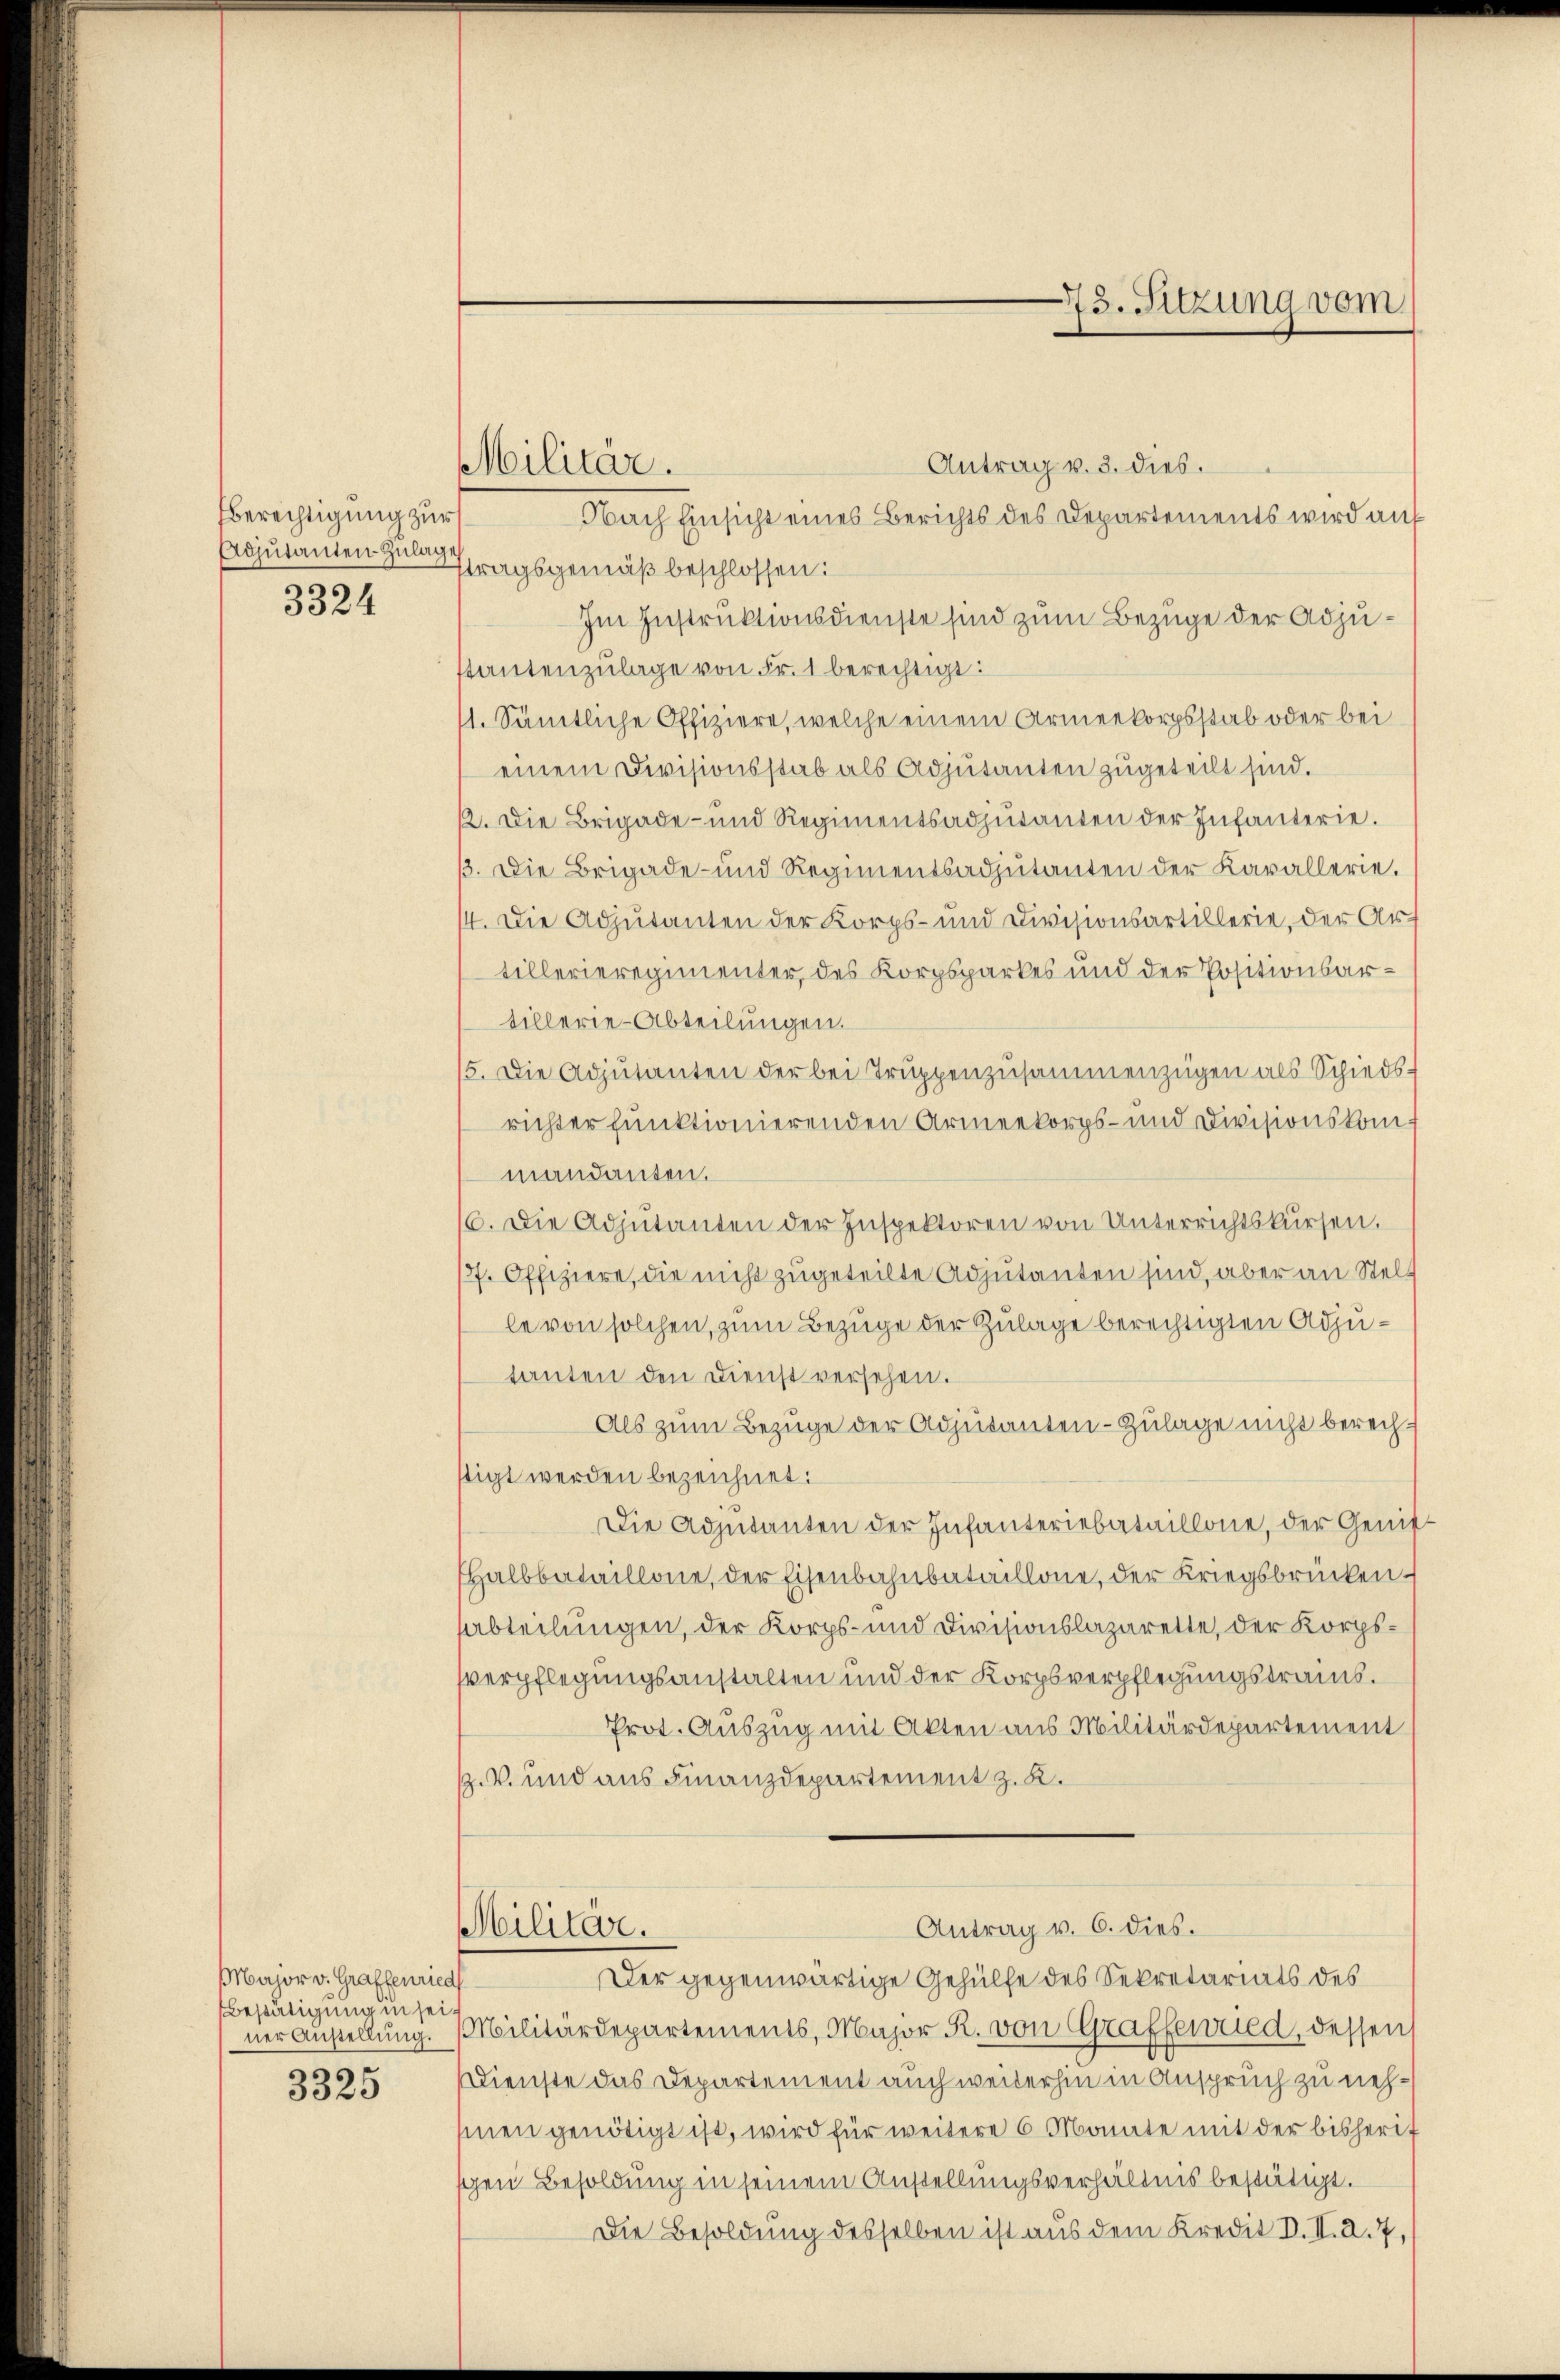
Berechtigung zur
3324

Major v. Graffenried
Bestätigung in sein
ner Austellung.
3325

Militar.

73. Sitzung vom

Antrag v. 3. dies.
Nach Einsicht eines Berichts des Departements wird auf
Adjutanten Hubertragsgemäß beschlossen:
Im Instruktionsdienste sind zum Bezüge der Adjustantenzulage von Fr. 1 berechtigt:
11. Sämtliche Offiziere, welche einem Armeekorpsstab oder bei
einem Divisionsstab als Adjutanten zugeteilt sind.
2. Die Brigade- und Regimentsadjutanten der Infanterie.
. Die Brigade- und Regimentsadjutanten der Kavallerie.
4. Die Adjutanten der Korps- und Divisionsartillerie, der Auf
tillerieregimenter, des Korpsparkes und der Positionsartillerie-Abteilungen.
5. Die Adjutanten der bei Trŭppenzusammenzügen als Schiedsrichter funktionierenden Armeekorps- und Divisionskommandanten.
6. Die Adjutanten der Inspektoren von Unterrichtskŭrsen.
77. Offiziere, die nicht zugeteilte Adjutanten sind, aber an Stelle von solchen, zum Bezuge der Zulage berechtigten Adjutanten den Dienst versehen.
Als zum Bezuge der Adjutanten-Zulage nicht berechtigt werden bezeichnet:
Die Adjutanten der Infanteriebataillone, der Genit
Halbbataillone, der Eisenbahnbataillone, der Kriegsbrücken
abteilungen, der Korps- und Divisionslazarette, der Korpsverpflegungsanstalten und der Korpsverpflegungstramms.
Prot. Auszug mit Akten aus Militärdepartement
Z. V. und aus Finanzdepartement z. K.
Antrag v. 6. dies.
Militär.
Der gegenwärtige Gehülfe des Sekretariats des
Militärdepartements, Major R. von Graffewred, dessen
Dienste das Departement auch weiterhin in Anspruch zu nehsmen genötigt ist, wird für weitere 6 Monate mit der bisherif
schen Besoldung in seinem Anstellungsverhältnis bestätigt.
Die Besoldung desselben ist aus dem Kredit d. II. 2. 7,